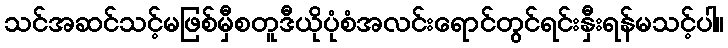
သင်အဆင်သင့်မဖြစ်မှီစတူဒီယိုပုံစံအလင်းရောင်တွင်ရင်းနှီးရန်မသင့်ပါ။